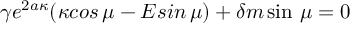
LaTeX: \gamma e ^ { 2 a \kappa } ( \kappa c o s \, \mu - E s i n \, \mu ) + \delta m \sin \, \mu = 0